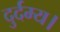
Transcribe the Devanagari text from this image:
दुर्दम्य।